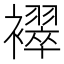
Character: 𬡳